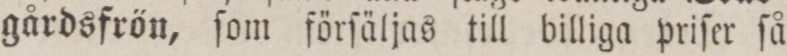
gårdsfrön, ſom förſäljas till billiga priſer ſå